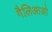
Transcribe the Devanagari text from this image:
गैलिआओ